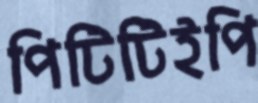
পিটিটিইপি